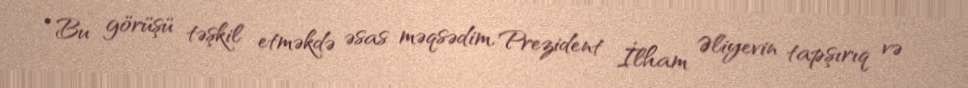
“Bu görüşü təşkil etməkdə əsas məqsədim, Prezident İlham Əliyevin tapşırıq və